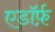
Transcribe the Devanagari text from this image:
एडॉर्फ़